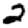
Digit: 2